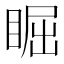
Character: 𥇣